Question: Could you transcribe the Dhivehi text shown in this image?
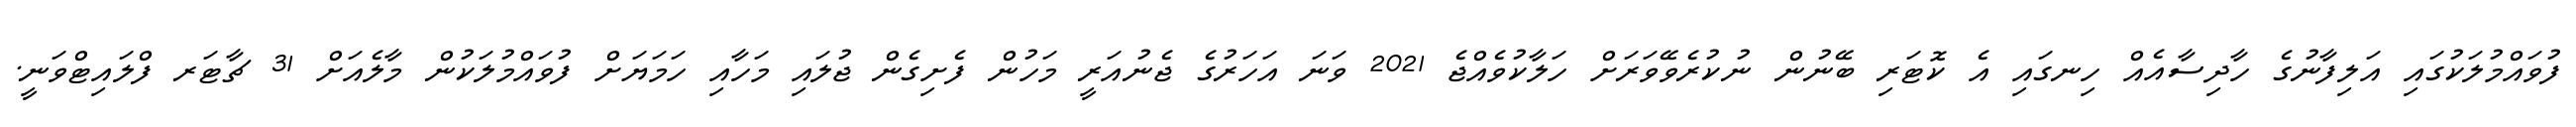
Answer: ފުވައްމުލަކުގައި އަލިފާނުގެ ހާދިސާއެއް ހިނގައި އެ ކޮޓަރި ބޭނުން ނުކުރެވޭވަރަށް ހަލާކުވެއްޖެ 2021 ވަނަ އަހަރުގެ ޖެނުއަރީ މަހުން ފެށިގެން ޖުލައި މަހާއި ހަމަޔަށް ފުވައްމުލަކުން މާލެއަށް 31 ޗާޓަރ ފްލައިޓްވަނީ.